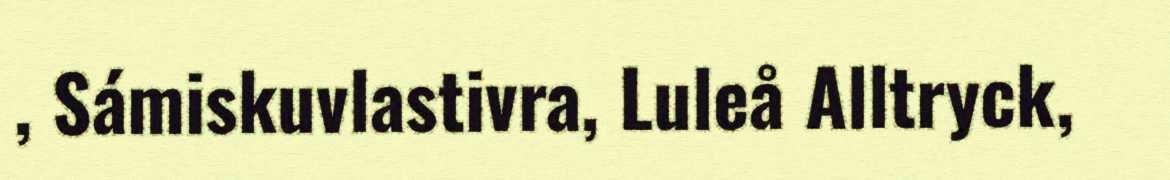
, Sámiskuvlastivra, Luleå Alltryck,